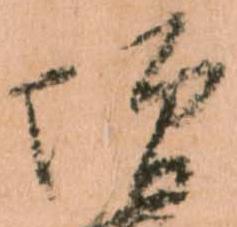
増